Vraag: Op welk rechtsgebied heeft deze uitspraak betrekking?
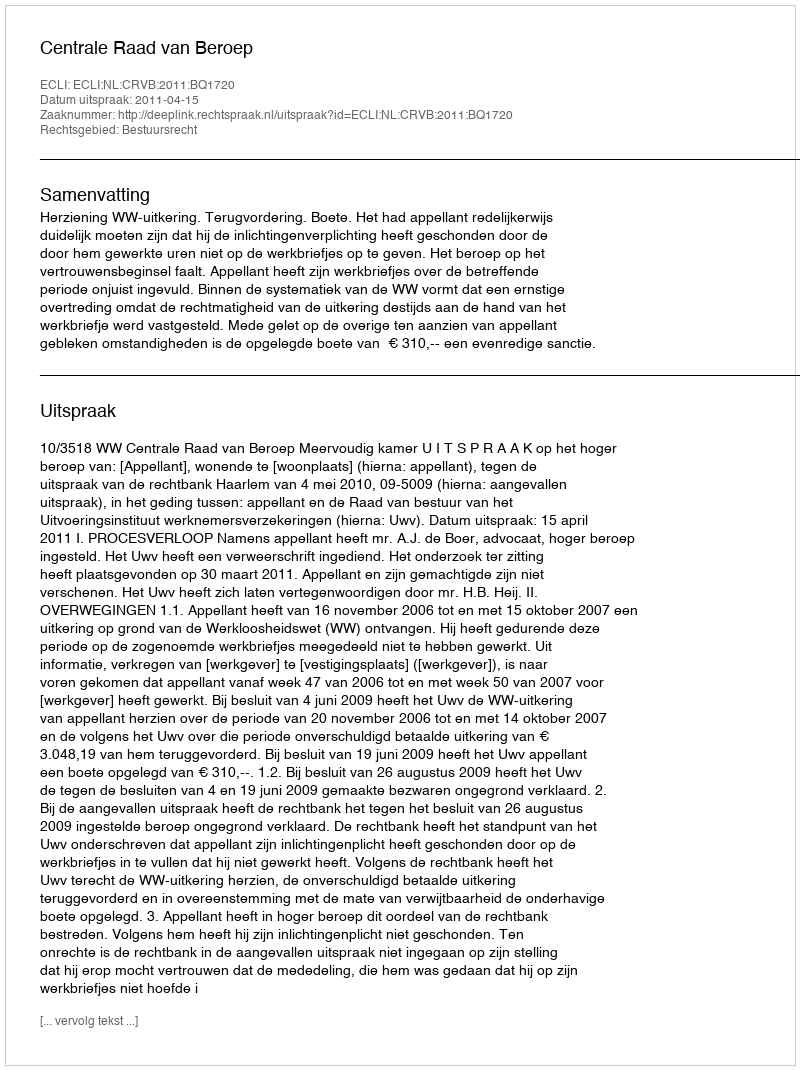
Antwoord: Bestuursrecht